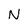
Character: N